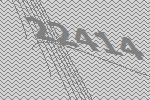
22414